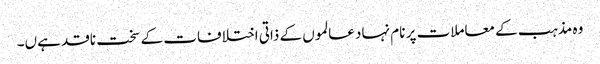
وہ مذہب کے معاملات پر نام نہاد عالموں کے ذاتی اختلافات کے سخت ناقد ہےں۔